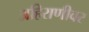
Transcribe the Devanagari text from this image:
अहिराणीवर